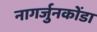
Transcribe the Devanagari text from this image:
नागर्जुनकोंडा